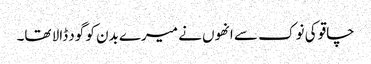
چاقو کی نوک سے انھوں نے میرے بدن کو گود ڈالا تھا۔